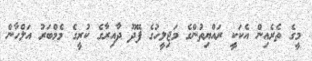
މީގެ ތެރެއިން އެކަކީ ރައްޔިތުންގެ މަޖިލީހުގެ ފޭދޫ ދާއިރާގެ ކުރީގެ މެމްބަރު އަލްހާން